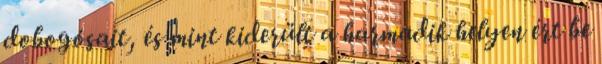
dobogósait, és mint kiderült a harmadik helyen ért be